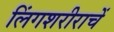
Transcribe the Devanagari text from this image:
लिंगशरीराचें